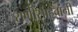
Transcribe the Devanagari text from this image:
राणीसाहेबांनी